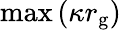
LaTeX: \mathrm{max}\left(\kappa r_{\mathrm{g}}\right)